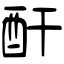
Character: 酐